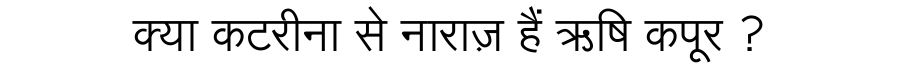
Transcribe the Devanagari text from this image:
क्या कटरीना से नाराज़ हैं ऋषि कपूर ?